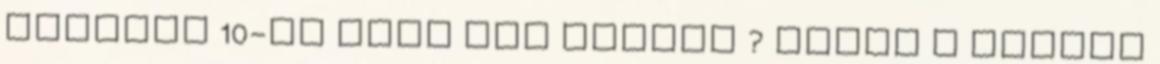
Windows 10-en ezek még futnak ? Nekem a Caesar